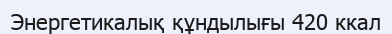
Энергетикалық құндылығы 420 ккал